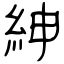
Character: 紳